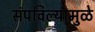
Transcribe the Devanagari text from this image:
संपविल्यामुळे